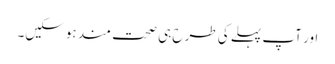
اور آپ پہلے کی طرح ہی صحت مند ہوسکیں۔